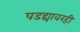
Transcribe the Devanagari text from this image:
पडद्यावरही